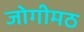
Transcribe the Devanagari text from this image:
जोगीमठ